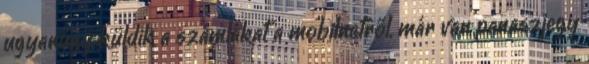
ugyanúgy küldik a számlákat a mobilnetről, már van panaszjegy